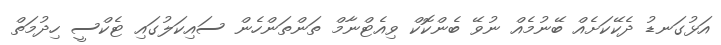
އަޅުގަނޑު ދެކޭކަށެއް ބޭނުމެއް ނުވޭ ބެންކޮކް ވިއެޓްނާމް ތަންތަންހެން ސައިކަލުގައި ޓެކްސީ ހިދުމަތް